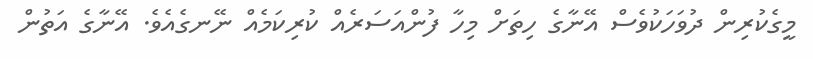
މީގެކުރިން ދުވަހަކުވެސް އޭނާގެ ހިތަށް މިހާ ފުންއަސަރެއް ކުރިކަމެއް ނޭނގެއެވެ. އޭނާގެ އަތުން